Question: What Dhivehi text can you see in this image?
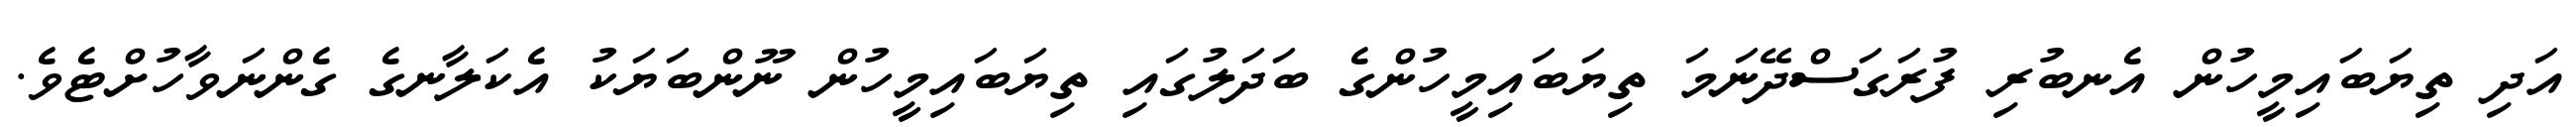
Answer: އަދި ތިޔަބައިމީހުން އެނބުރި ފުރަގަސްދޭނަމަ ތިޔަބައިމީހުންގެ ބަދަލުގައި ތިޔަބައިމީހުން ނޫންބަޔަކު އެކަލާނގެ ގެންނަވާހުށްޓެވެ.